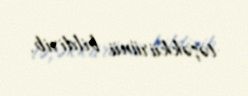
təşəkkürünü bildirib.